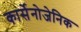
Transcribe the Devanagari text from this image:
कार्सेनोजेनिक